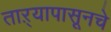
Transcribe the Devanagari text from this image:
ताऱ्यापासूनचे